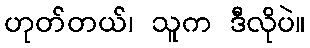
ဟုတ်တယ်၊ သူက ဒီလိုပဲ။